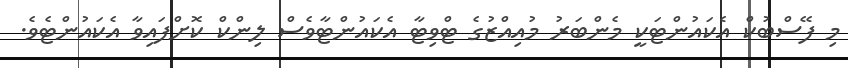
މި ފޭސްބުކް އެކައުންޓަކީ މެންބަރު މުއިއްޒުގެ ޓްވިޓާ އެކައުންޓާވެސް ލިންކް ކޮށްފައިވާ އެކައުންޓެވެ.